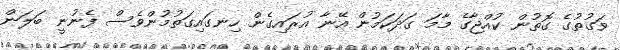
ވަގުތުގެ ގޮތުން ކުއްޖާގެ މާމަ ގަދަކަމުން އޭނާ އުރައިގެން ހިނގައިގަތުމުންވެސް ފެނުނީ ބަލަން